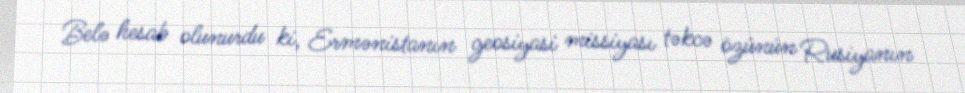
Belə hesab olunurdu ki, Ermənistanın geosiyasi missiyası təkcə özünün Rusiyanın